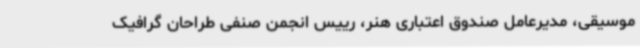
موسیقی، مدیرعامل صندوق اعتباری هنر، رییس انجمن صنفی طراحان گرافیک